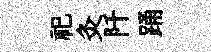
祀灸阡踊